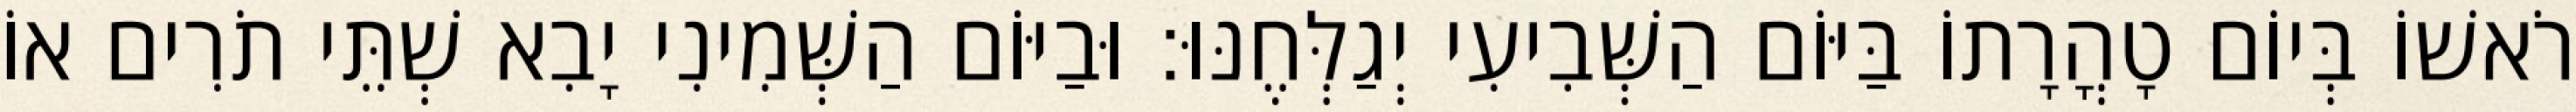
רֹאשׁוֹ בְּיוֹם טָהֳרָתוֹ בַּיּוֹם הַשְּׁבִיעִי יְגַלְּחֶנּוּ׃ וּבַיּוֹם הַשְּׁמִינִי יָבִא שְׁתֵּי תֹרִים אוֹ